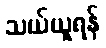
သယ်ယူရန်